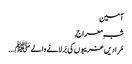
آمین
شبِ معراج,
مُرادیں غریبوں کی بَر لانے والے ﷺ ….